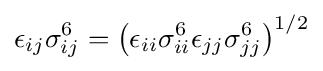
\epsilon _{ij}\sigma _{ij}^{6}=\left(\epsilon _{ii}\sigma _{ii}^{6}\epsilon _{jj}\sigma _{jj}^{6}\right)^{1/2}